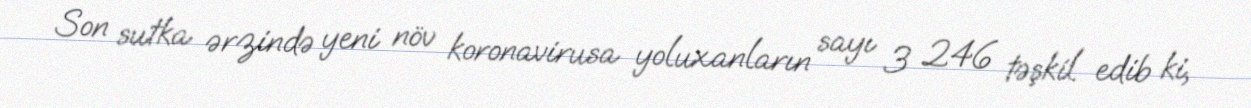
Son sutka ərzində yeni növ koronavirusa yoluxanların sayı 3 246 təşkil edib ki,